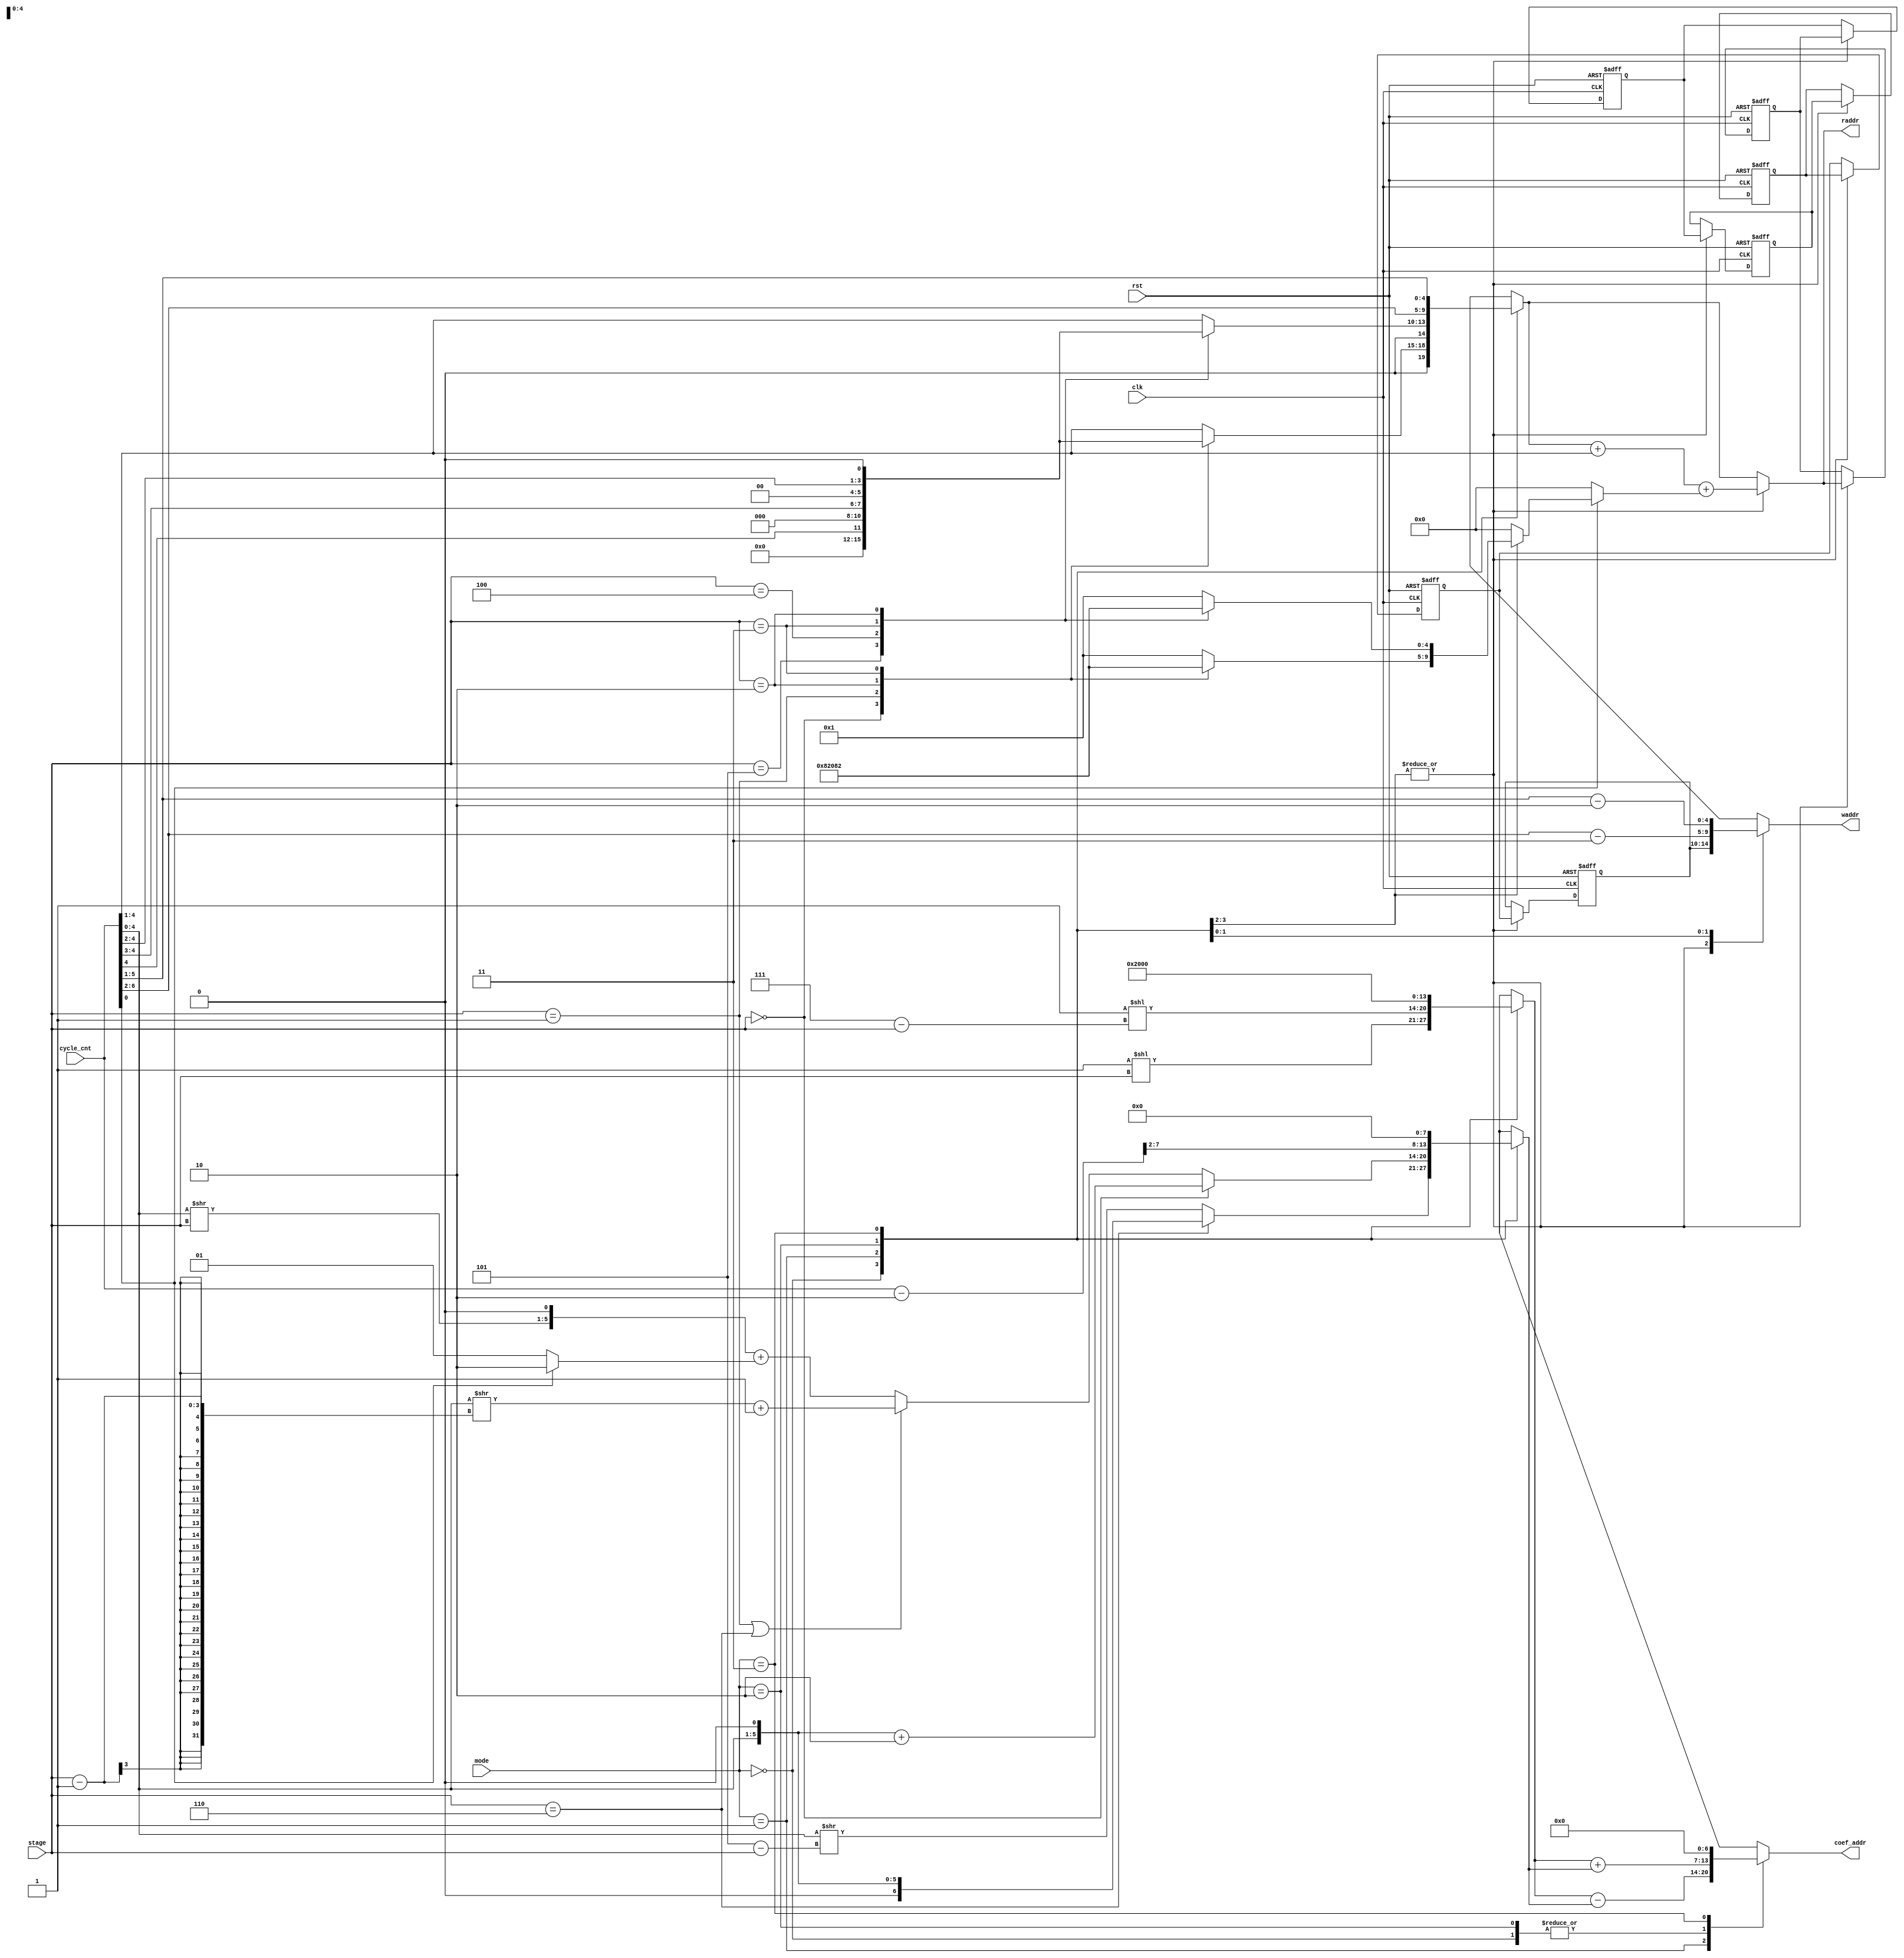
module addr_generator (
    input clk,
    input rst,
    input [1:0] mode,
    input [7:0] cycle_cnt,
    input [2:0] stage,
    output reg [6:0] coef_addr,
    output reg [4:0] raddr,
    output reg [4:0] waddr
);

`define NTT 2'd0
`define INVNTT 2'd1
`define MULT 2'd2
`define ADDSUB 2'd3

reg [4:0] stage_offset;
reg [4:0] raddr_offset;
reg [6:0] coef_addr_offset;
reg [6:0] coef_addr_cnt;

wire [7:0] cycle_cnt_sub_2;
assign cycle_cnt_sub_2 = cycle_cnt - 2;

reg [4:0] waddr_shift_reg [5:0];

always @(*) begin
    case(mode)
    `NTT: begin
        case(stage)
        3'd0: stage_offset = 5'd16;
        3'd1: stage_offset = 5'd8;
        3'd2: stage_offset = 5'd4;
        3'd3: stage_offset = 5'd2;
        default: stage_offset = 5'd1;
        endcase
    end
    `INVNTT: begin
        case(stage)
        3'd5: stage_offset = 5'd16;
        3'd4: stage_offset = 5'd8;
        3'd3: stage_offset = 5'd4;
        3'd2: stage_offset = 5'd2;
        default: stage_offset = 5'd1;
        endcase
    end
    default: begin // MULT, ADDSUB
        stage_offset = 5'd0;
    end
    endcase
end


always @(*) begin
    case(mode)
    `NTT: begin
        coef_addr_offset = 7'd1 << stage;
        coef_addr_cnt = stage == 3'd6 ? {cycle_cnt[4:0], 1'b0} : (cycle_cnt[4:0] >> (3'd5-stage));
    end
    `INVNTT: begin
        coef_addr_offset = 7'd1 << (3'd7 - stage);
        coef_addr_cnt = stage == 3'd0 ? {cycle_cnt[4:0], 1'b0} + 6'd2 :
                        stage == 3'd1 || stage == 3'd6 ? (cycle_cnt[4:0] >> (stage-1)) + 6'd1 :
                        { (cycle_cnt[4:0] >> (stage)), 1'b0 } + (cycle_cnt[0] ? 6'd2 : 6'd1);
    end
    `MULT: begin
        coef_addr_offset = 7'd64;
        coef_addr_cnt = { cycle_cnt_sub_2[7:2], 1'b0 };
    end
    `ADDSUB: begin
        coef_addr_offset = 7'd0;
        coef_addr_cnt = 7'd0;
    end
    endcase
end

always @(*) begin
    case(mode)
    `NTT: begin
        case(stage)
        3'd0: raddr_offset = 5'd0;
        3'd1: raddr_offset = { 1'b0, cycle_cnt[4], 3'b0 } ; // +0(0~15), +8(16~31)
        3'd2: raddr_offset = { 1'b0, cycle_cnt[4:3], 2'b0 } ; // +0(0~7), +4(8~15), +8(16~23), +12(24~31)
        3'd3: raddr_offset = { 1'b0, cycle_cnt[4:2], 1'b0 } ; // +0(0~3), +2(4~7), +4(8~12) ......
        default: raddr_offset = { 1'd0, cycle_cnt[4:1] };
        endcase
    end
    `INVNTT: begin
        case(stage)
        3'd5: raddr_offset = 5'd0;
        3'd4: raddr_offset = { 1'b0, cycle_cnt[4], 3'b0 } ; // +0(0~15), +8(16~31)
        3'd3: raddr_offset = { 1'b0, cycle_cnt[4:3], 2'b0 } ; // +0(0~7), +4(8~15), +8(16~23), +12(24~31)
        3'd2: raddr_offset = { 1'b0, cycle_cnt[4:2], 1'b0 } ; // +0(0~3), +2(4~7), +4(8~12) ......
        default: raddr_offset = { 1'd0, cycle_cnt[4:1] };
        endcase        
    end
    `MULT: begin
        raddr_offset = cycle_cnt[7:2];
    end
    `ADDSUB: begin
        raddr_offset = cycle_cnt[6:1];
    end
    endcase
end

always @(*) begin
    case(mode)
    `NTT, 
    `INVNTT: begin
        raddr = raddr_offset + cycle_cnt[4:1] + (cycle_cnt[0] ? stage_offset : 5'd0);
    end
    default: begin // `MULT, `ADDSUB
        raddr = raddr_offset;
    end
    endcase
end

always @(*) begin
    case(mode)
    `NTT: begin
       coef_addr = coef_addr_offset + coef_addr_cnt;
    end
    `INVNTT: begin
       coef_addr = coef_addr_offset - coef_addr_cnt;
    end
    `MULT: begin
        coef_addr = coef_addr_offset + coef_addr_cnt;
    end
    `ADDSUB: begin
        coef_addr = 0;
    end
    endcase
end

integer i;
always @(posedge clk or posedge rst) begin
    if(rst) begin
        for(i=0; i<6; i=i+1) waddr_shift_reg[i] <= 0;
    end
    else begin
        case(mode)
        `NTT, 
        `INVNTT: begin
        waddr_shift_reg[0] <= raddr;
        for(i=1; i<6; i=i+1) waddr_shift_reg[i] <= waddr_shift_reg[i-1];
        end
        endcase
    end
end


always @(*) begin
    case(mode)
    `NTT, 
    `INVNTT: begin
       waddr = waddr_shift_reg[5];
    end
    `MULT: begin
       waddr = cycle_cnt[7:2] - 3;
    end
    `ADDSUB: begin
       waddr = cycle_cnt[7:1] - 2;
    end
    endcase
end

endmodule